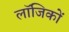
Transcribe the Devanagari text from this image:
लॉजिकों